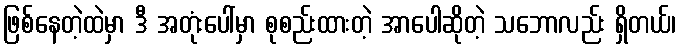
ဖြစ်နေတဲ့ထဲမှာ ဒီ အတုံးပေါ်မှာ စုစည်းထားတဲ့ အာပေါဆိုတဲ့ သဘောလည်း ရှိတယ်၊